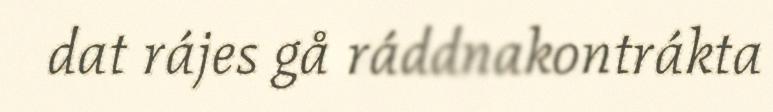
dat rájes gå ráddnakontrákta